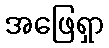
အဖြေရှာ